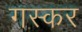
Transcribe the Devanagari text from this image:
गस्कर